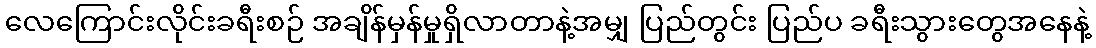
လေကြောင်းလိုင်းခရီးစဉ် အချိန်မှန်မှုရှိလာတာနဲ့အမျှ ပြည်တွင်း ပြည်ပ ခရီးသွားတွေအနေနဲ့